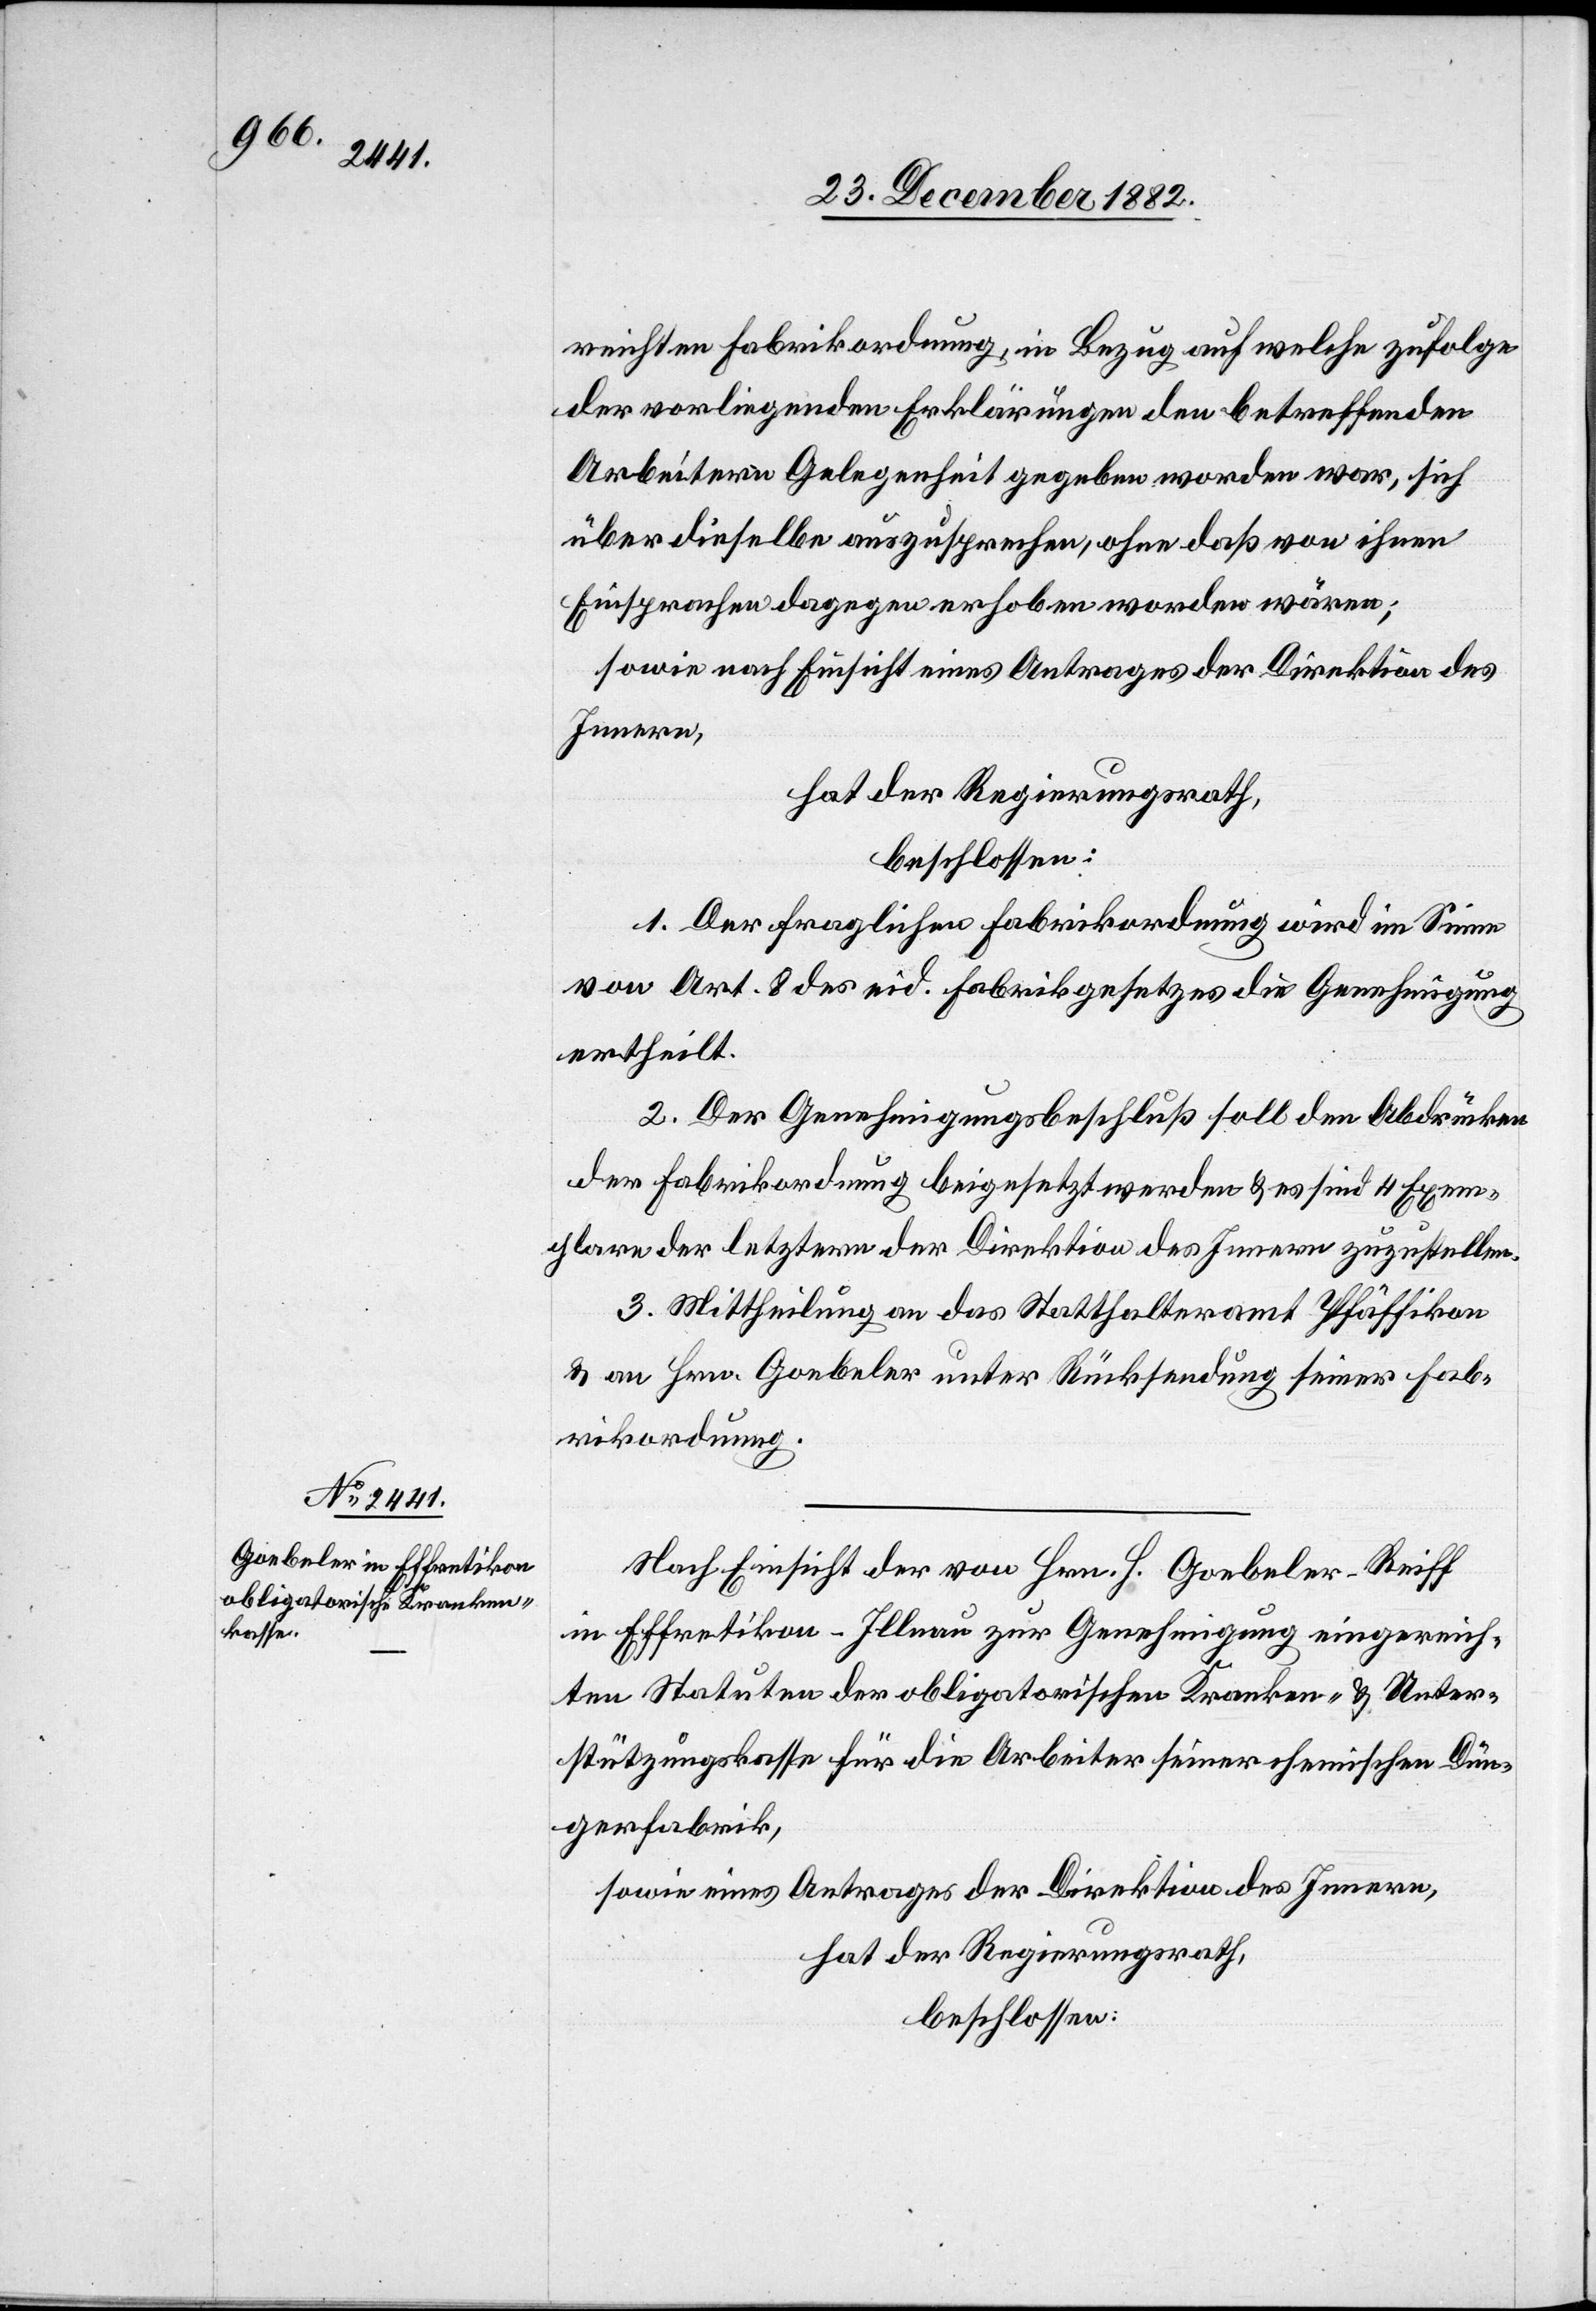
reichten Fabrikordnung, in Bezug auf welche zufolge
der vorliegenden Erklärungen den betreffenden
Arbeitern Gelegenheit gegeben worden war, sich
über dieselbe auszusprechen, ohne daß von ihnen
Einsprachen dagegen erhoben worden wären;
sowie nach Einsicht eines Antrages der Direktion des
Innern,
hat der Regierungsrath,
beschlossen:
1. Der fraglichen Fabrikordnung wird im Sinne
von Art. 8 des eid. Fabrikgesetzes die Genehmigung
ertheilt.
2. Der Genehmigungsbeschluß soll den Abdrücken
der Fabrikordnung beigesetzt werden & es sind 4 Exem¬
plare der letztern der Direktion des Innern zuzustellen.
3. Mittheilung an das Statthalteramt Pfäffikon
& an Hrn. Goebeler unter Rücksendung seiner Fab¬
rikordnung.
Nach Einsicht der von Hrn. H. Goebeler-Reiff
in Effretikon - Illnau zur Genehmigung eingereich¬
ten Statuten der obligatorischen Kranken- & Unter¬
stützungskasse für die Arbeiter seiner chemischen Dün¬
gerfabrik,
sowie eines Antrages der Direktion des Innern,
hat der Regierungsrath,
beschlossen: